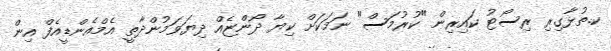
ކ.ތުޅާގިރި ރިސޯޓު ކައިރިން "ކުރުމަސް" ނަމަކަށް ކިޔާ ދޯންޏެއް ދިޔަވަމުންދާތީ އެމްއެންޑީއެފް އިން